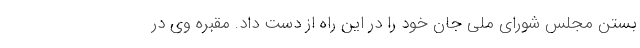
بستن مجلس شورای ملی جان خود را در این راه از دست داد. مقبره وی در